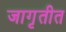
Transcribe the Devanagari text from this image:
जागृतीत